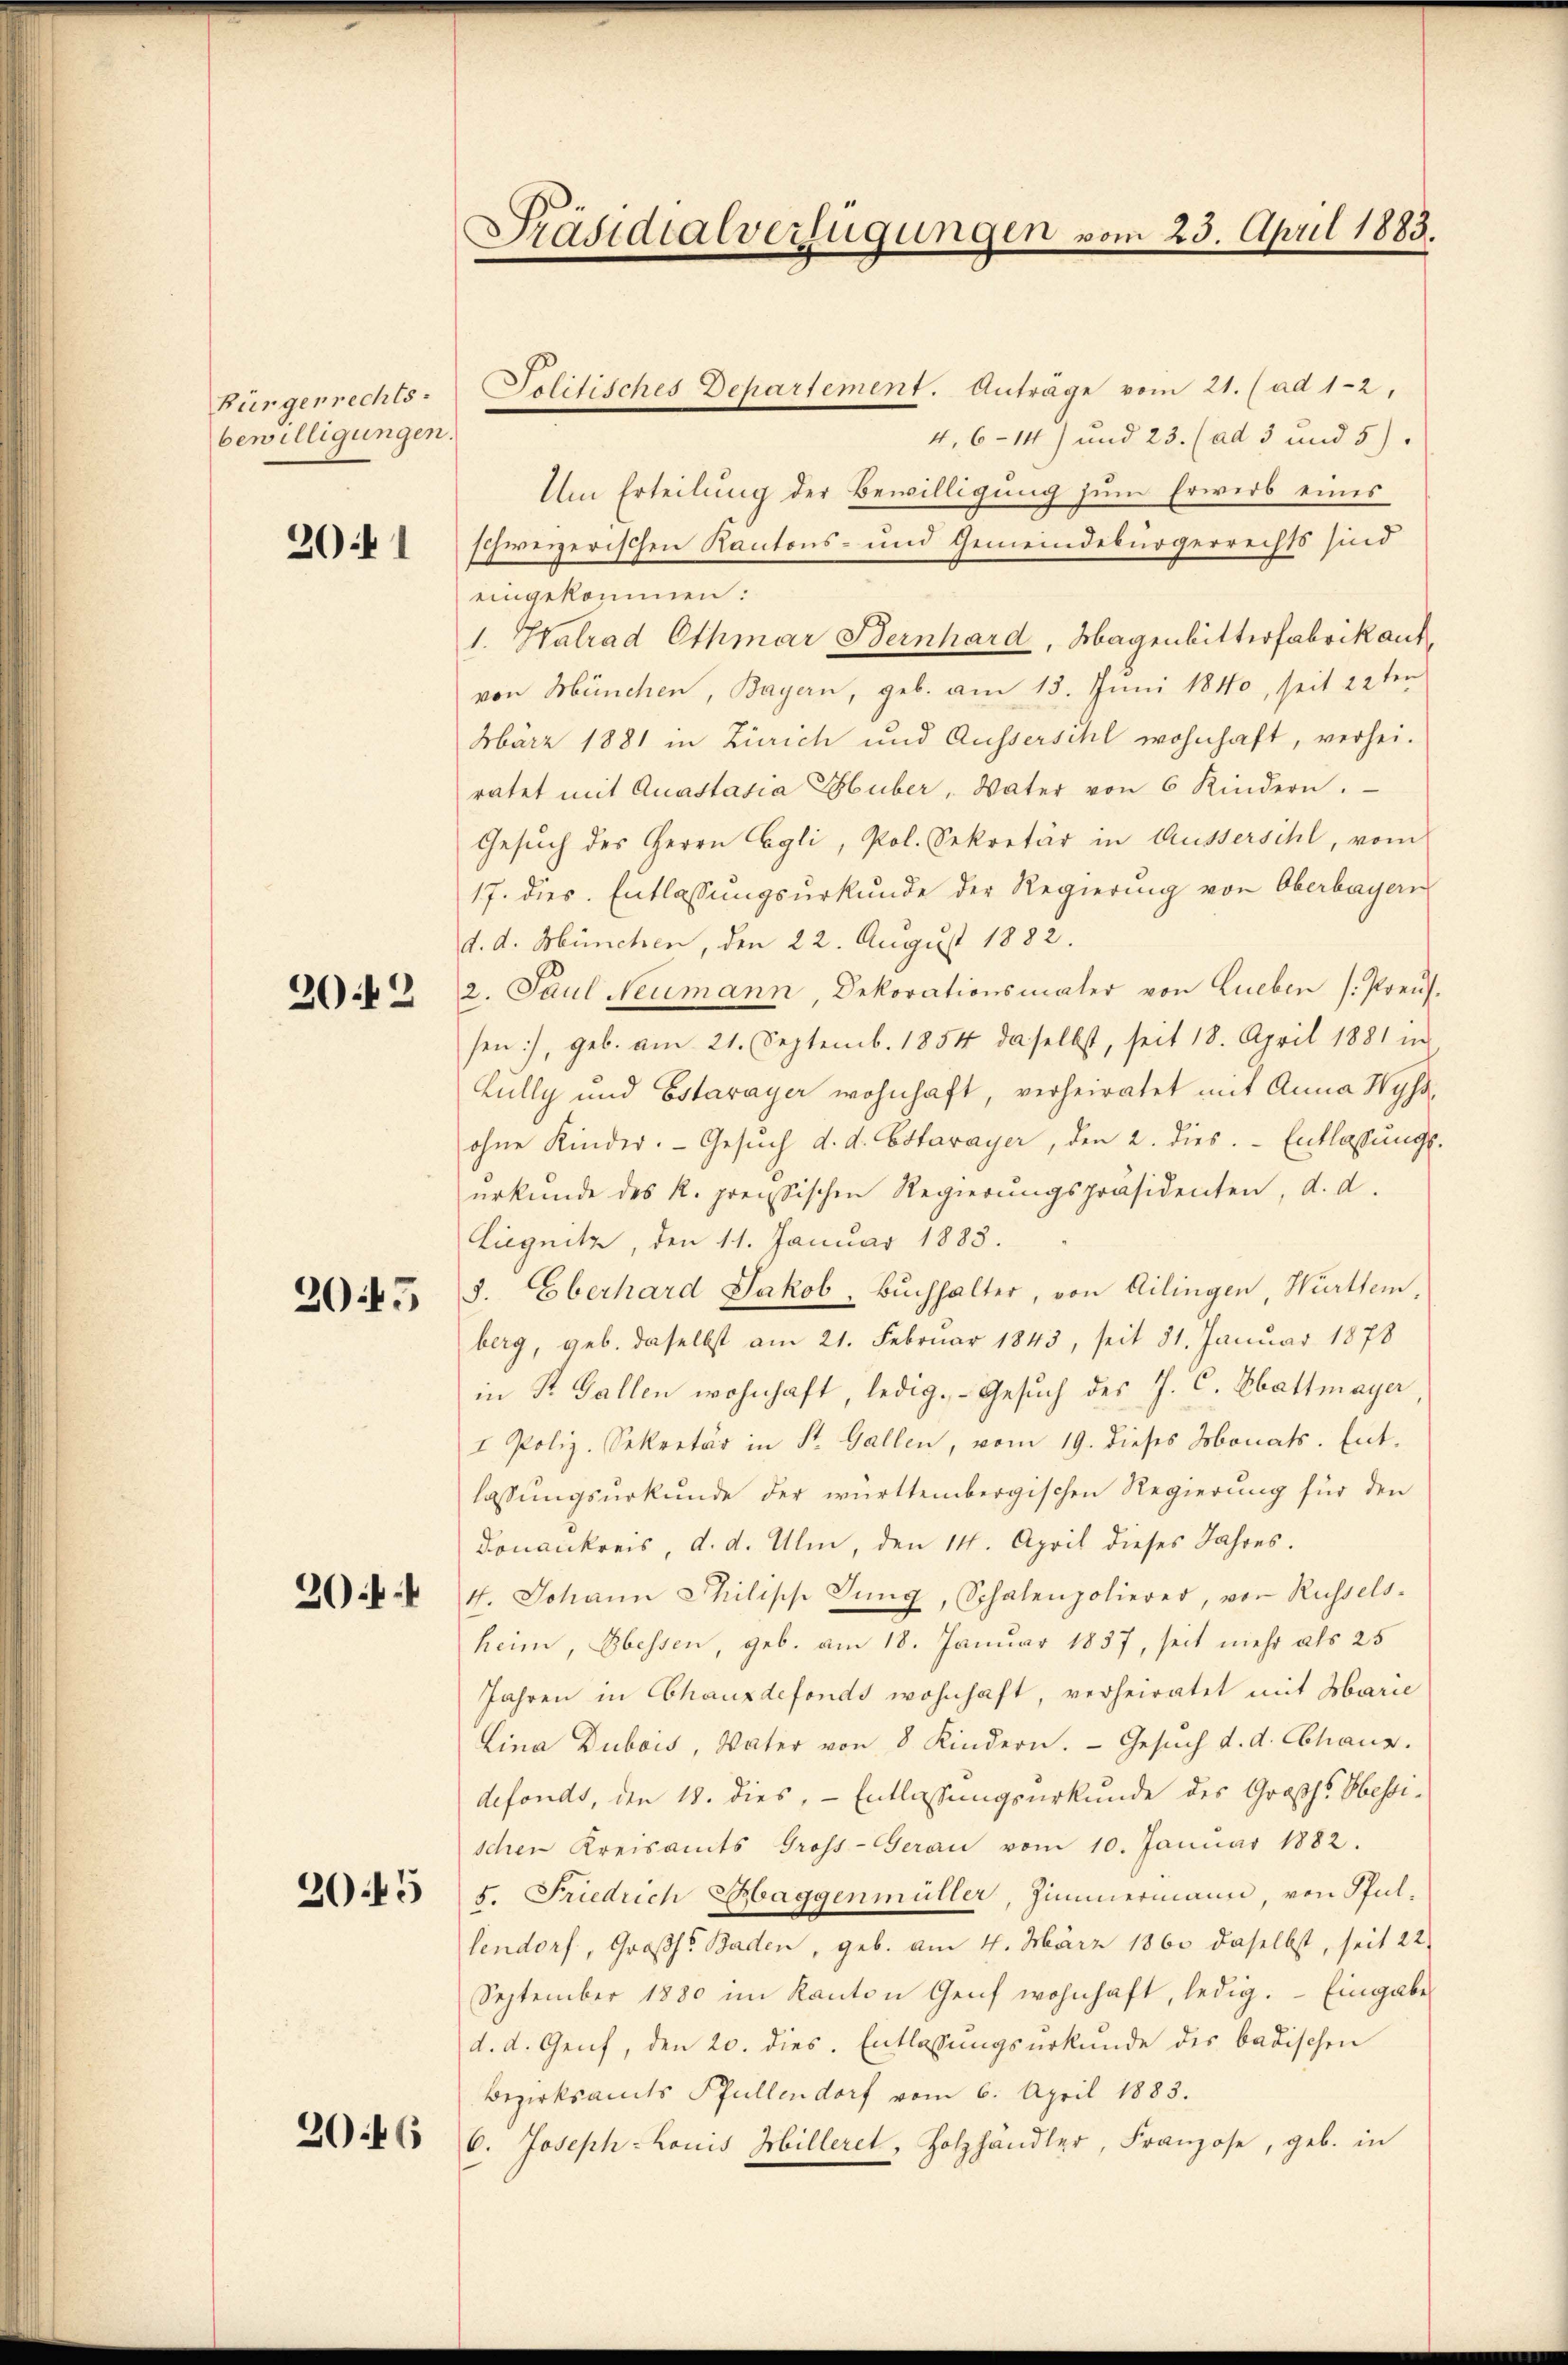
Bürgerrechts-
bewilligungen.

2041

2042

2045

30f

3045

2046

Präsidialverfügungen vom 23. April 1883.

Solitisches Departement. Anträge vom 21. (ad 1-2,
4,614) und 23. (ad 3 und 5).
Um Erteilung der Bewilligung zum Erwerb eines
schweizerischen Kantons- und Gemeindebürgerrechts sind
eingekommen:
1. Halrad Othmar Bernhard, Magenbitterfabrik auf
von München, Bayern, geb. am 13. Juni 1840, seit 22ten
März 1881 in Zürich und Ausserschl wohnhaft, verhei-
ratet mit Quastasia Huber, Vater von 6 Kindern.
Gesuch des Herrn Egli, Pol. Sekretär in Äussersihl, vom
17. dies Entlassungsurkunde der Regierung von Oberbayern
d. d. München, den 22. August 1882.
2. Paul Neumann, Dekorationsmaler von Lieben (Preus.
sen), geb. am 21. Septemb. 1854 daselbst, seit 18. April 1881 in
Lully und Estavayer wohnhaft, verheiratet mit Anna Wyss,
ohne Kinder. Gesŭch d. d. Estavayer, den 2. dies. Entlassŭngs-
urkunde des R. preissischen Regierŭngspräsidenten, d. d.
Liegnitz, den 11. Januar 1883.
3. Eberhard Jakob. Bŭchhalter, von Ailingen, Württem,
berg, geb. daselbst am 21. Februar 1843, seit 31. Januar 1878
in R. Gallen wohnhaft, ledig. Gesuch des J. C. Ebattmayer
I Poliz-Sekretär in St. Gallen, vom 19. dieses Monats. Entlassungsurkunde der württembergischen Regierung für den
Donankreis, d. d. Ulm, den 14. April dieses Jahres.
4. Johann Philische Jung, Schalenpolierer, von Russels-
heim, bessen, geb. am 18. Januar 1857, seit mehr als 25
Jahren in Chauxdefonds wohnhaft, verheiratet mit Marie
Lina Dubois, Vater von 8 Kindern. Gesuch d. d. Chaus.
defonds, den 18. dies, - Entlassungsurkunde des Großh. Hessischen Kreisamts Gross-Geran vom 10. Januar 1882.
5. Friedrich Haggenmüller, Zimmermann, von Pful-
lendorf, Großh. Baden, geb. am 4. März 1860 daselbst, seit 22
September 1880 im Kanton Genf wohnhaft, ledig. Eingabe
d. d. Genf, den 20. dies. Entlassungsurkunde des badischen
Bezirksamts Pfullendorf vom 6. April 1883.
b. Joseph Louis Hilleret, Holzhändler, Franzose, geb. in